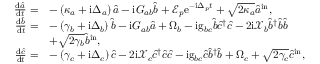
\begin{array} { r l } { \frac { \mathrm { d } \hat { a } } { \mathrm { d } t } = } & { - \left( \kappa _ { a } + \mathrm { i } \Delta _ { a } \right) \hat { a } - \mathrm { i } G _ { a b } \hat { b } + \mathcal { E } _ { p } \mathrm { e } ^ { - \mathrm { i } \Delta _ { p } t } + \sqrt { 2 \kappa _ { a } } \hat { a } ^ { \mathrm { i n } } , } \\ { \frac { \mathrm { d } \hat { b } } { \mathrm { d } t } = } & { - \left( \gamma _ { b } + \mathrm { i } \Delta _ { b } \right) \hat { b } - \mathrm { i } G _ { a b } \hat { a } + \Omega _ { b } - \mathrm { i } \mathrm { g } _ { b c } \hat { b } \hat { c } ^ { \dagger } \hat { c } - 2 \mathrm { i } \mathcal { X } _ { b } \hat { b } ^ { \dagger } \hat { b } \hat { b } } \\ & { + \sqrt { 2 \gamma _ { b } } \hat { b } ^ { \mathrm { i n } } , } \\ { \frac { \mathrm { d } \hat { c } } { \mathrm { d } t } = } & { - \left( \gamma _ { c } + \mathrm { i } \Delta _ { c } \right) \hat { c } - 2 \mathrm { i } \mathcal { X } _ { c } \hat { c } ^ { \dagger } \hat { c } \hat { c } - \mathrm { i } \mathrm { g } _ { b c } \hat { c } \hat { b } ^ { \dagger } \hat { b } + \Omega _ { c } + \sqrt { 2 \gamma _ { c } } \hat { c } ^ { \mathrm { i n } } , } \end{array}